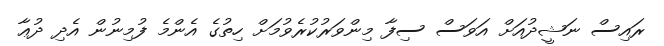
ރައިސް ނަޝީދުއަށް އަވަސް ސިފާ މިންވަރުކުރެވުމަށް ހިތުގެ އެންމެ ފުމިނުން އެދި ދުޢާ